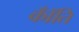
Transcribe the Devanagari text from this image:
कॉँति